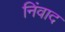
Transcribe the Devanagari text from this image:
निंवाद